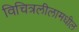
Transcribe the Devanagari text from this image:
विचित्रलीलामधील